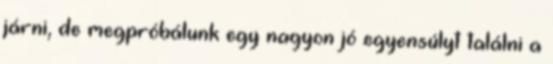
járni, de megpróbálunk egy nagyon jó egyensúlyt találni a